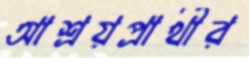
আশ্রয়প্রার্থীর